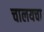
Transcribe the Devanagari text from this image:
चालयचा